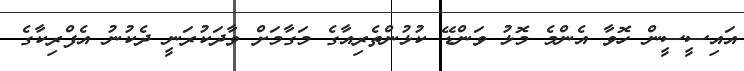
އައިސީސީން ހޮވާ އެންމެ މޮޅު ވަންޑޭ ކުޅުންތެރިއާގެ މަގާމަށް ވާދަކުރަނީ ދެކުނު އެފްރިކާގެ